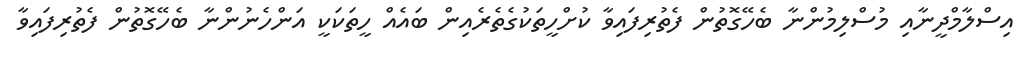
އިސްލާމްދީނާއި މުސްލިމުންނާ ބެހޭގޮތުން ފެތުރިފައިވާ ކުށްހީތަކުގެތެރެއިން ބައެއް ހީތަކަކީ އަންހެނުންނާ ބެހޭގޮތުން ފެތުރިފައިވާ